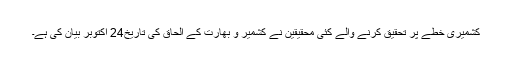
کشمیری خطے پر تحقیق کرنے والے کئی محقیقین نے کشمیر و بھارت کے الحاق کی تاریخ24 اکتوبر بیان کی ہے۔